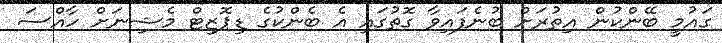
ގައުމީ ބޭންކުން އިތުރަށް ބުނެފައިވާ ގޮތުގައި އެ ބެންކުގެ ޑިޕޮޒިޓް މެޝިނަށް ހާއްސަ